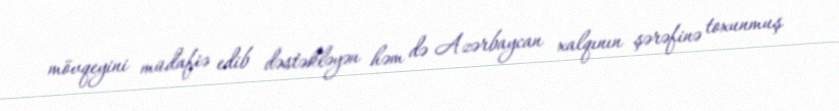
mövqeyini müdafiə edib dəstəkləyən həm də Azərbaycan xalqının şərəfinə toxunmuş